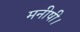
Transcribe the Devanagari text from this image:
मनीषी।